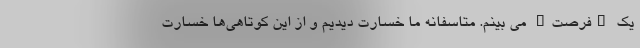
یک "فرصت" می بینم. متاسفانه ما خسارت دیدیم و از این کوتاهی‌ها خسارت